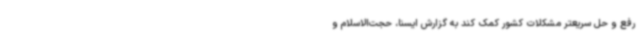
رفع و حل سریعتر مشکلات کشور کمک کند به گزارش ایسنا، حجت‌الاسلام و